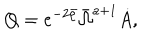
Q = e ^ { - 2 \bar { \rho } } \bar { \Omega } ^ { a + 1 } \dot { A } ,